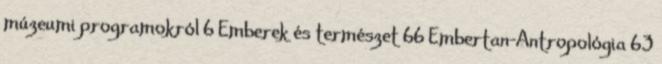
múzeumi programokról 6 Emberek és természet 66 Embertan-Antropológia 63